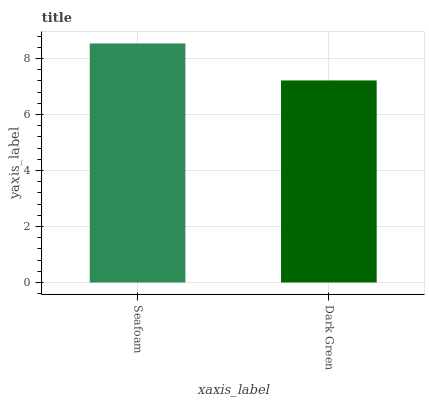
| xaxis_label | bars |
 | --- | --- |
 | Seafoam | 8.53 |
 | Dark Green | 7.21 |